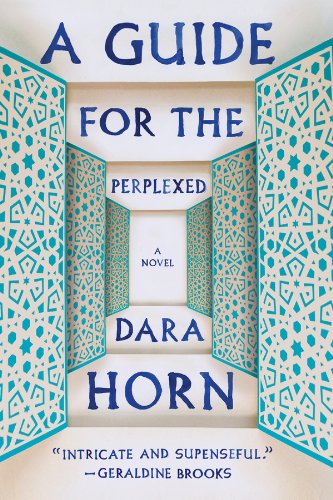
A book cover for A Guide for the Perplexed: A Novel; Dara Horn; Literature & Fiction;